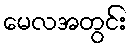
မေလအတွင်း